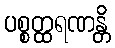
ပစ္စတ္ထရဏန္တိ